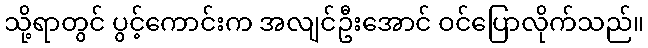
သို့ရာတွင် ပွင့်ကောင်းက အလျင်ဦးအောင် ဝင်ပြောလိုက်သည်။